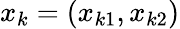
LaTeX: x_{k}=(x_{k1},x_{k2})